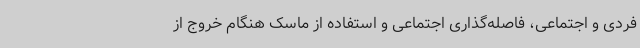
فردی و اجتماعی، فاصله‌گذاری اجتماعی و استفاده از ماسک هنگام خروج از